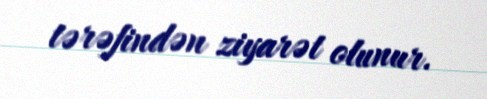
tərəfindən ziyarət olunur.